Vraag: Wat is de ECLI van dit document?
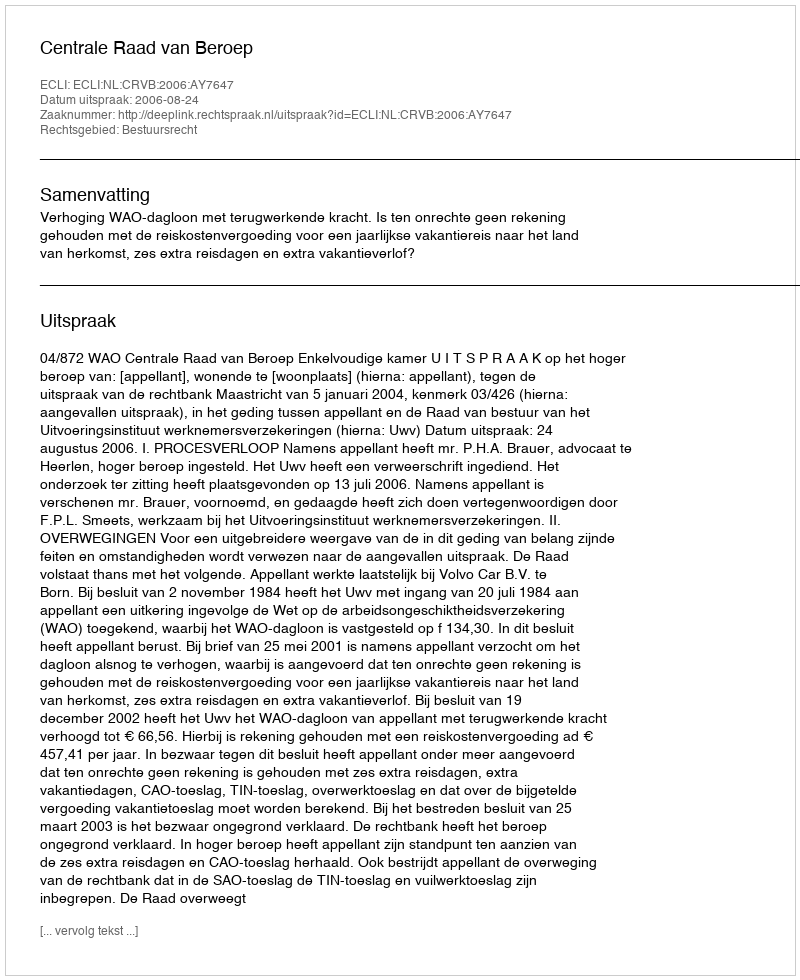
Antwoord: ECLI:NL:CRVB:2006:AY7647